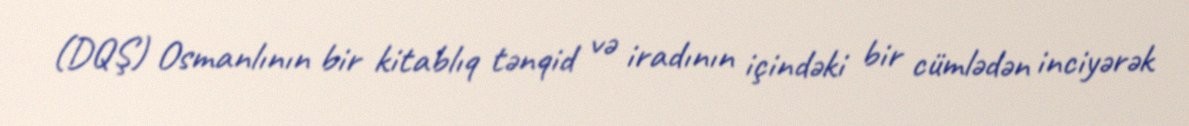
(DQŞ) Osmanlının bir kitablıq tənqid və iradının içindəki bir cümlədən inciyərək